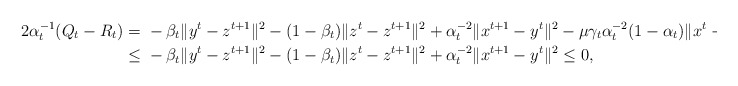
\begin{align*}2\alpha_t^{-1}(Q_t-R_t)=\ &-\beta_t\|y^t-z^{t+1}\|^2-(1-\beta_t)\|z^t-z^{t+1}\|^2+\alpha_t^{-2}\|x^{t+1}-y^t\|^2-\mu\gamma_t\alpha_t^{-2}(1-\alpha_t)\|x^t-y^t\|^2\\\le \ &-\beta_t\|y^t-z^{t+1}\|^2-(1-\beta_t)\|z^t-z^{t+1}\|^2+\alpha_t^{-2}\|x^{t+1}-y^t\|^2 \leq0,\end{align*}